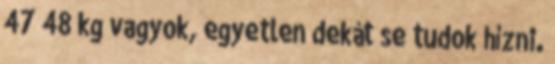
47 48 kg vagyok, egyetlen dekát se tudok hízni.